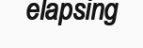
elapsing